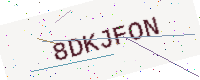
Text: 8DKJFON